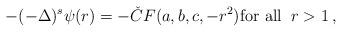
LaTeX: \begin{align*}-(-\Delta)^s\psi(r)= - \check C F(a,b,c, - r^2)\textrm{for all}\;\; r>1\,,\end{align*}